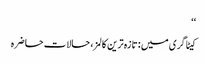
‘‘
کیٹاگری میں : تازہ ترین کالمز، حالات حاضرہ